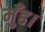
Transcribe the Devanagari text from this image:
मुँह।